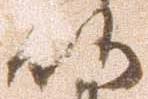
以